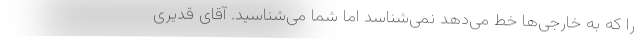
را که به خارجی‌ها خط می‌دهد نمی‌شناسد اما شما می‌شناسید. آقای قدیری